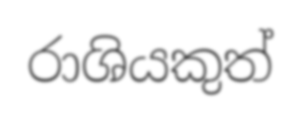
රාශියකුත්